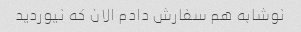
نوشابه هم سفارش دادم الان که نیوردید